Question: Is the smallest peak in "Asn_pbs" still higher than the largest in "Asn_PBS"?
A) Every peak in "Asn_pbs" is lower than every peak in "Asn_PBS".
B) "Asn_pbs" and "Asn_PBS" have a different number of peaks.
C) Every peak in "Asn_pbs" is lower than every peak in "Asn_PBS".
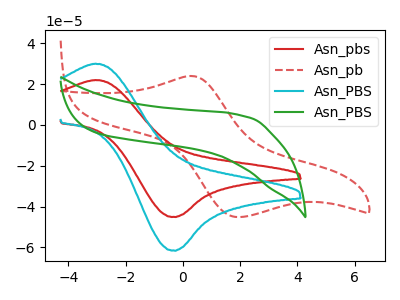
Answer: <think>The red curve "Asn_pbs" has an anodic peak at (-3.05V, 21.95uA) and a cathodic peak at (-0.30V, -45.15uA). The red dashed curve "Asn_pb" has an anodic peak at (0.30V, 23.95uA) and a cathodic peak at (1.95V, -45.15uA). The cyan curve "Asn_PBS" has an anodic peak at (-3.05V, 30.00uA) and a cathodic peak at (-0.30V, -61.60uA). The green curve "Asn_PBS" has no peaks.</think>
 <answer>C) Every peak in "Asn_pbs" is lower than every peak in "Asn_PBS".</answer>
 <eval>C</eval>